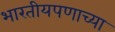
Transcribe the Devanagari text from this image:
भारतीयपणाच्या